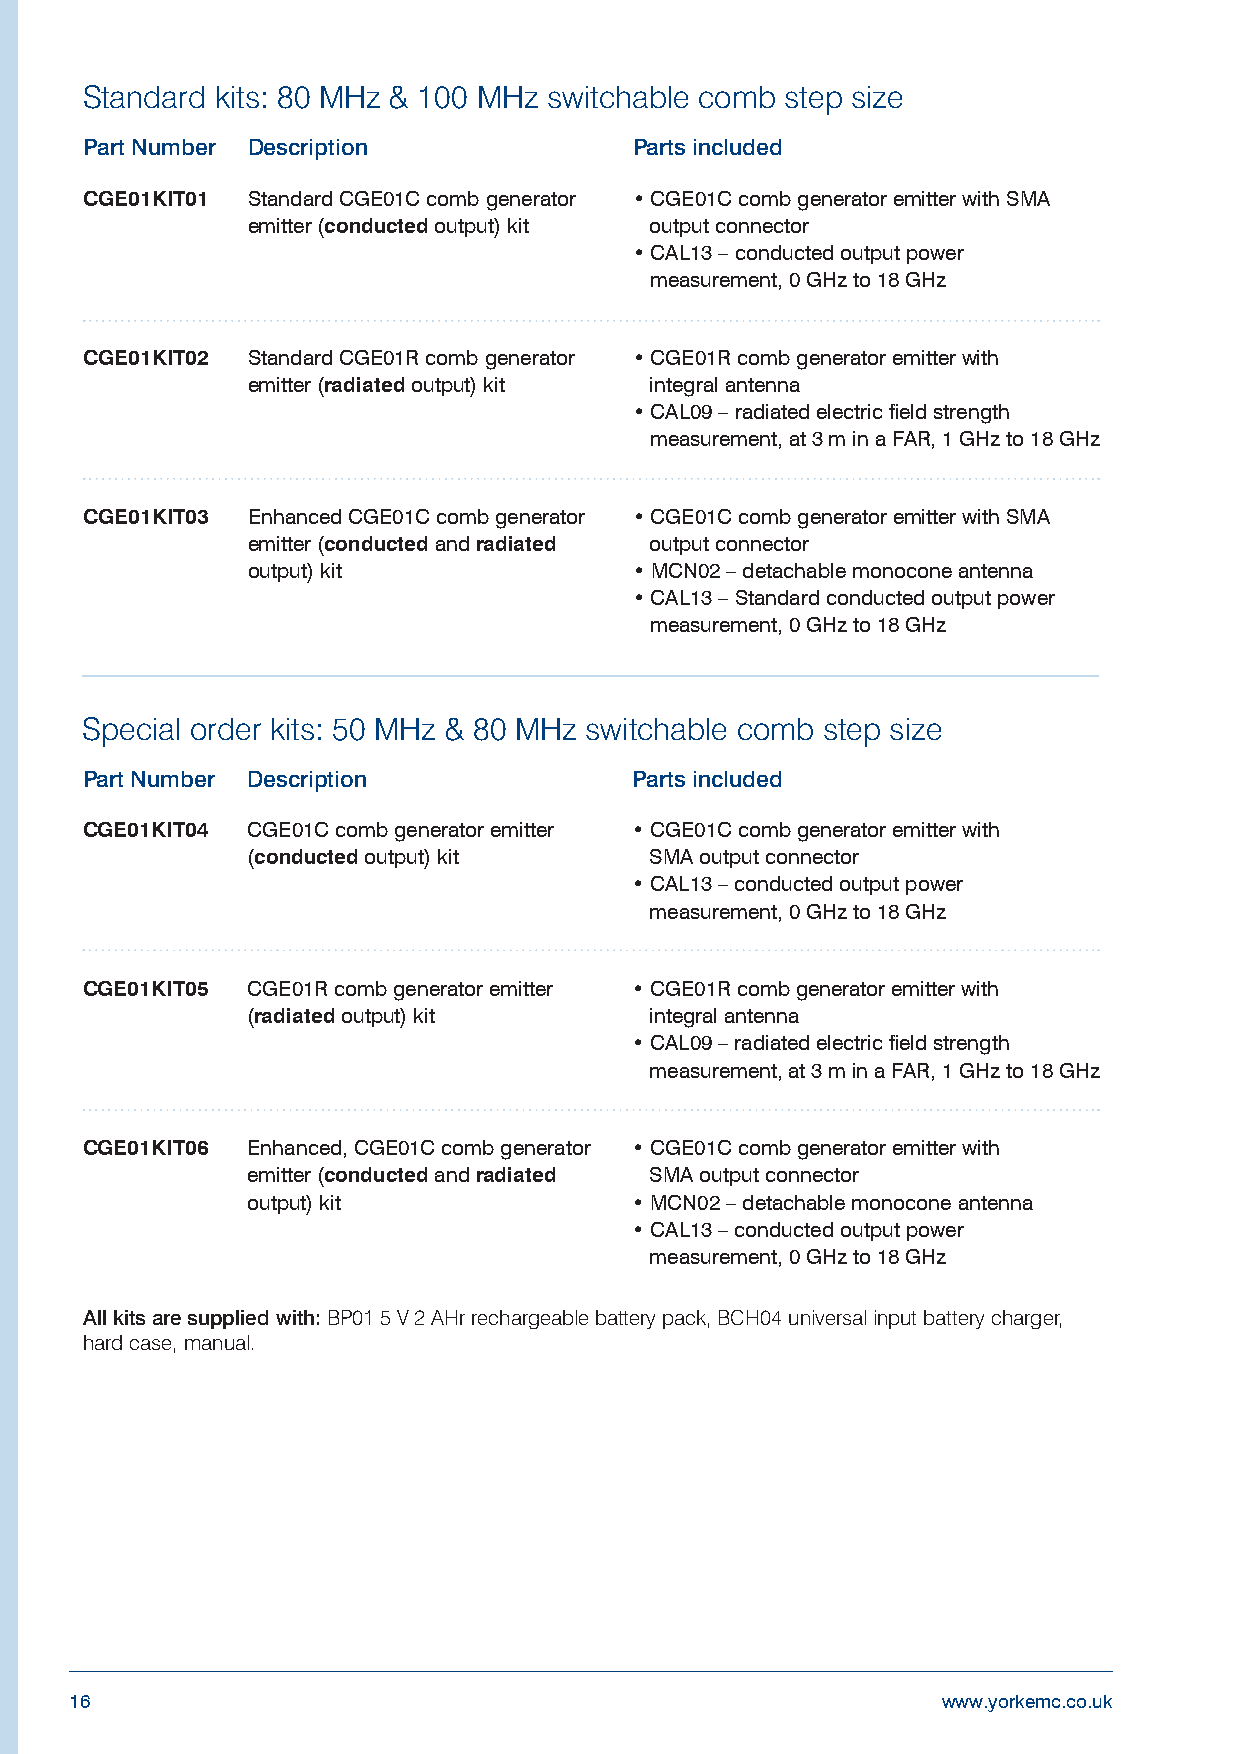
Standard kits: 80 MHz & 100 MHz switchable comb step size
 Part Number Description              Parts included
 CGE01KIT01 Standard CGE01C comb generator • CGE01C comb generator emitter with SMA
 emitter (conducted output) kit output connector
 • CAL13 – conducted output power
 measurement, 0 GHz to 18 GHz
 CGE01KIT02 Standard CGE01R comb generator • CGE01R comb generator emitter with
 emitter (radiated output) kit integral antenna
 • CAL09 – radiated electric field strength
 measurement, at 3 m in a FAR, 1 GHz to 18 GHz
 CGE01KIT03 Enhanced CGE01C comb generator • CGE01C comb generator emitter with SMA
 emitter (conducted and radiated output connector
 output) kit               • MCN02 – detachable monocone antenna
 • CAL13 – Standard conducted output power
 measurement, 0 GHz to 18 GHz
 Special order kits: 50 MHz & 80 MHz switchable comb step size
 Part Number Description              Parts included
 CGE01KIT04 CGE01C comb generator emitter • CGE01C comb generator emitter with
 (conducted output) kit     SMA output connector
 • CAL13 – conducted output power
 measurement, 0 GHz to 18 GHz
 CGE01KIT05 CGE01R comb generator emitter • CGE01R comb generator emitter with
 (radiated output) kit      integral antenna
 • CAL09 – radiated electric field strength
 measurement, at 3 m in a FAR, 1 GHz to 18 GHz
 CGE01KIT06 Enhanced, CGE01C comb generator • CGE01C comb generator emitter with
 emitter (conducted and radiated SMA output connector
 output) kit               • MCN02 – detachable monocone antenna
 • CAL13 – conducted output power
 measurement, 0 GHz to 18 GHz
 All kits are supplied with: BP01 5 V 2 AHr rechargeable battery pack, BCH04 universal input battery charger,
 hard case, manual.
 16                                                       www.yorkemc.co.uk